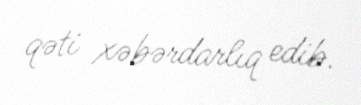
qəti xəbərdarlıq edib.